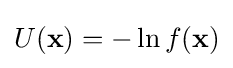
U(\mathbf {x} )=-\ln f(\mathbf {x} )